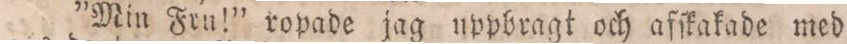
”Min Fru!” ropade jag uppbragt och afſkakade med